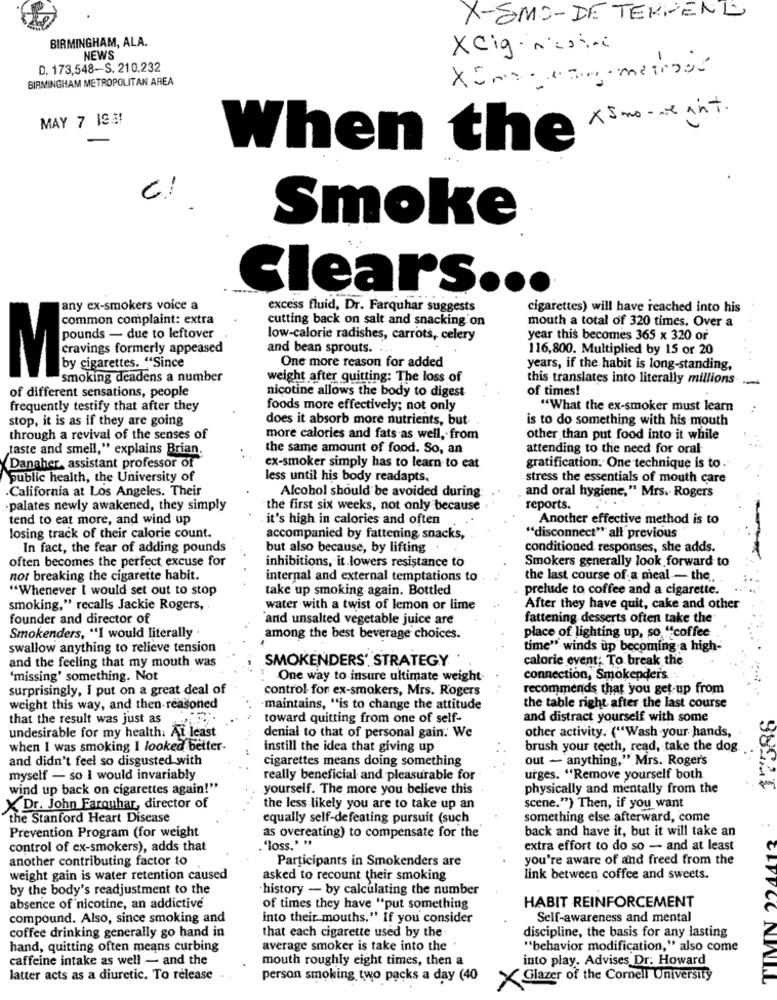
X-SMO- DE TERRENL
BIRMINGHAM, ALA.
XCig. mesini
NEWS
D. 173,548-S. 210,232
XimoTo matinal
BIRMINGHAM METROPOLITAN AREA
X Smo-ne ant.
MAY 7 19.3!
When the
--
Smoke
Clears ...
any ex-smokers voice a
excess fluid, Dr. Farquhar suggests
cigarettes) will have reached into his
common complaint: extra
cutting back on salt and snacking on
mouth a total of 320 times. Over a
M
low-calorie radishes, carrots, celery
year this becomes 365 x 320 or
cravings formerly appeased
and bean sprouts. ...
116,800. Multiplied by 15 or 20
by cigarettes. "Since
One more reason for added
years, if the habit is long-standing,
smoking deadens a number
weight after quitting: The loss of
this translates into literally millions
-
of different sensations, people
nicotine allows the body to digest
of times!
frequently testify that after they
foods more effectively; not only
"What the ex-smoker must learn
stop, it is as if they are going
does it absorb more nutrients, but-
is to do something with his mouth
through a revival of the senses of
more calories and fats as well, from
other than put food into it while
taste and smell," explains Brian,
the same amount of food. So, an
attending to the need for oral
Danaher, assistant professor of
ex-smoker simply has to learn to eat
gratification. One technique is to
public health, the University of
less until his body readapts.
stress the essentials of mouth care
California at Los Angeles. Their
and oral hygiene," Mrs. Rogers
Alcohol should be avoided during
·palates newly awakened, they simply
the first six weeks, not only because
reports.
tend to eat more, and wind up
it's high in calories and often
Another effective method is to
losing track of their calorie count.
accompanied by fattening snacks,
"disconnect" all previous
In fact, the fear of adding pounds
but also because, by lifting
conditioned responses, she adds.
often becomes the perfect excuse for
inhibitions, it lowers resistance to
Smokers generally look forward to
nor breaking the cigarette habit.
internal and external temptations to
the last course of a meal - the.
"Whenever I would set out to stop
take up smoking again. Bottled
prelude to coffee and a cigarette.
smoking," recalls Jackie Rogers,
water with a twist of lemon or lime
After they have quit, cake and other
founder and director of
and unsalted vegetable juice are
fattening desserts often take the
Smokenders, "I would literally .
among the best beverage choices.
place of lighting up, so "coffee
swallow anything to relieve tension
time" winds up becoming a high-
and the feeling that my mouth was
SMOKENDERS'. STRATEGY
calorie event; To break the
'missing' something. Not
One way to insure ultimate weight
connection, Smokenders
surprisingly, I put on a great deal of
control for ex-smokers, Mrs. Rogers
recommends that you get-up from
weight this way, and then reasoned
maintains, "is to change the attitude
the table right after the last course
that the result was just as
toward quitting from one of self-
and distract yourself with some
other activity. ("Wash your hands,
undesirable for my health. At least
denial to that of personal gain. We
when I was smoking I looked better.
instill the idea that giving up
brush your teeth, read, take the dog
and didn't feel so disgusted with
cigarettes means doing something
out - anything," Mrs. Rogers
myself - so i would invariably
really beneficial and pleasurable for
urges. "Remove yourself both
wind up back on cigarettes again!"
yourself. The more you believe this
physically and mentally from the
X Dr. John Farquhar, director of
the less likely you are to take up an
scene.") Then, if you want
the Stanford Heart Disease
equally self-defeating pursuit (such
something else afterward, come
Prevention Program (for weight
back and have it, but it will take an
as overeating) to compensate for the
control of ex-smokers), adds that
. "loss." "
extra effort to do so - and at least
another contributing factor to
Participants in Smokenders are
you're aware of and freed from the
CLY
weight gain is water retention caused
asked to recount their smoking
link between coffee and sweets.
by the body's readjustment to the
history - by calculating the number
absence of nicotine, an addictive
of times they have "put something
HABIT REINFORCEMENT
compound. Also, since smoking and
into their mouths." If you consider
Self-awareness and mental
coffee drinking generally go hand in
that each cigarette used by the
discipline, the basis for any lasting
hand, quitting often means curbing
average smoker is take into the
"behavior modification," also come
caffeine intake as well - and the
mouth roughly eight times, then a
into play. Advises Dr. Howard
latter acts as a diuretic. To release
person smoking, two packs a day (40
Glazer of the Cornell University
CC NIIN